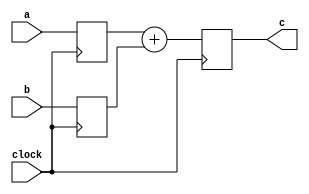
module test(
  input clock,
  input a,
  input b,
  output c
);

  reg reg_a;
  reg reg_b;

  initial begin
    reg_a = 0;
    reg_b = 0;
  end

  reg reg_c;
  assign c = reg_c;

  always @(posedge clock) begin
    reg_a <= a;
    reg_b <= b;
    reg_c <= reg_a + reg_b;
  end
endmodule